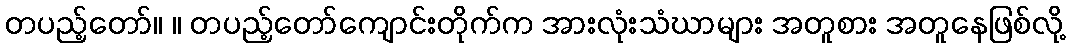
တပည့်တော်။ ။ တပည့်တော်ကျောင်းတိုက်က အားလုံးသံဃာများ အတူစား အတူနေဖြစ်လို့